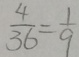
\frac { 4 } { 3 6 } = \frac { 1 } { 9 }